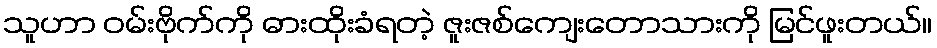
သူဟာ ဝမ်းဗိုက်ကို ဓားထိုးခံရတဲ့ ဇူးဇစ်ကျေးတောသားကို မြင်ဖူးတယ်။